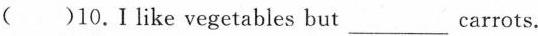
( )10.Ⅰlike vegetables but___carrots.